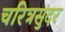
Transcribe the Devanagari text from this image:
चरित्रसुंदर